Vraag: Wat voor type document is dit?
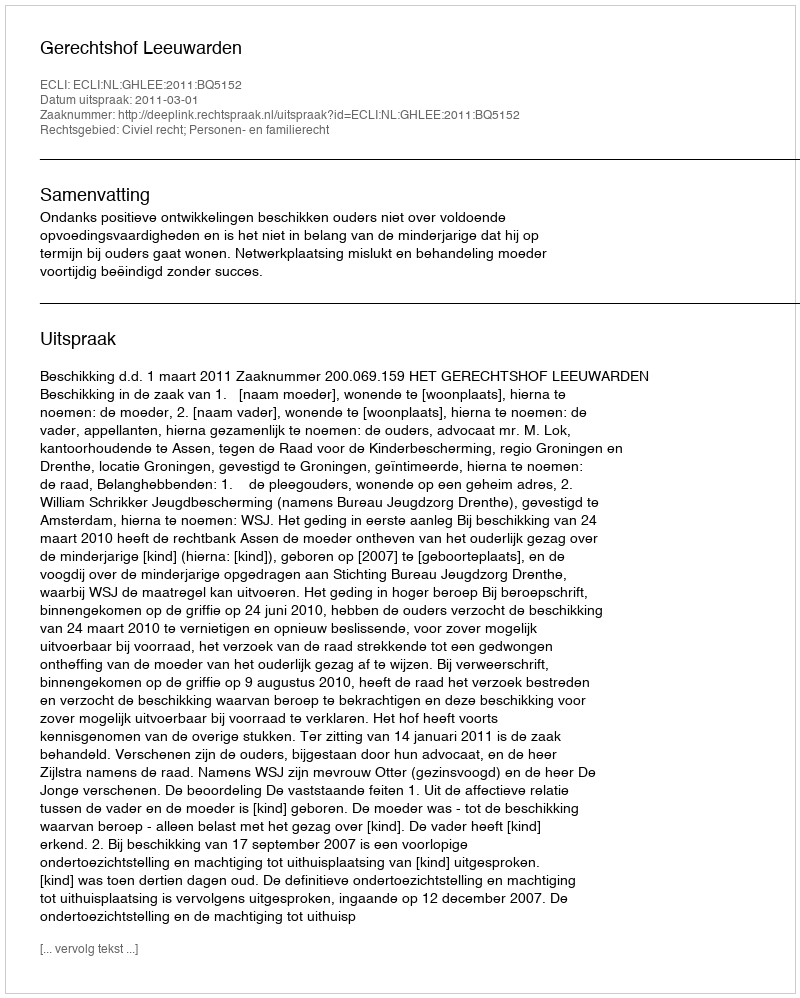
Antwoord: Uitspraak